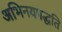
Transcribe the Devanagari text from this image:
अभिनयपद्धति